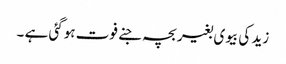
زید کی بیوی بغیر بچہ جنے فوت ہوگئی ہے ۔